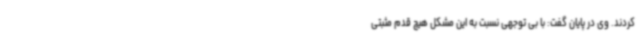
کردند. وی در پایان گفت: با بی توجهی نسبت به این مشکل هیچ قدم مثبتی